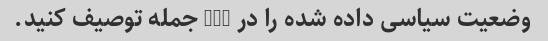
وضعیت سیاسی داده شده را در 5-7 جمله توصیف کنید.